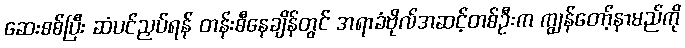
ဆေးစစ်ပြီး ဆံပင်ညှပ်ရန် တန်းစီနေချိန်တွင် အရာခံဗိုလ်အဆင့်တစ်ဦးက ကျွန်တော့်နာမည်ကို